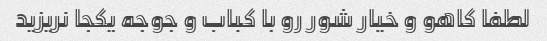
لطفا کاهو و خیار شور رو با کباب و جوجه یکجا نریزید